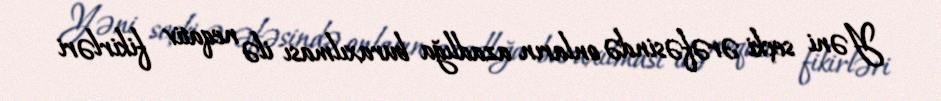
Yəni seçki ərəfəsində onların azadlığa buraxılması ilə neqativ fikirləri